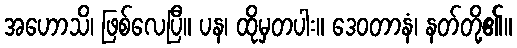
အဟောသိ၊ ဖြစ်လေပြီ။ ပန၊ ထိုမှတပါး။ ဒေဝတာနံ၊ နတ်တို့၏။